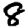
Digit: 8